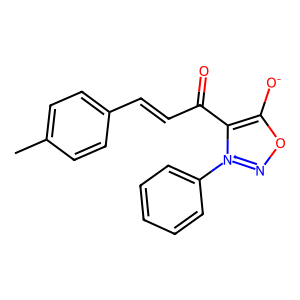
SMILES: Cc1ccc(C=CC(=O)c2c([O-])on[n+]2-c2ccccc2)cc1
Inhibits HIV replication: No